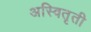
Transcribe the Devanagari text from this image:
अस्वितृती